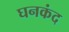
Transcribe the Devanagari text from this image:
घनकंद